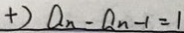
+ 2 a _ { n } - a _ { n - 1 } = 1